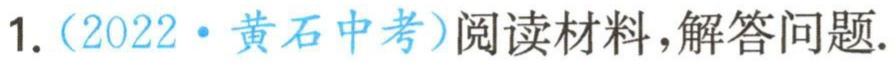
1.（2022·黄石中考）阅读材料，解答问题.